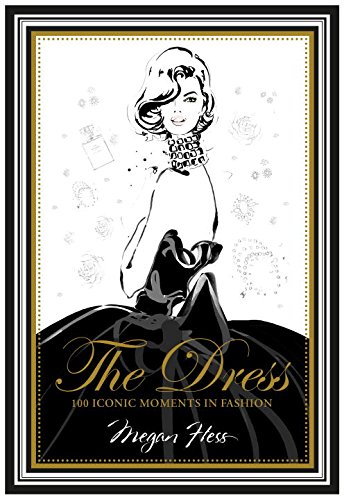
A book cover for The Dress: 100 Iconic Moments in Fashion; Megan Hess; Arts & Photography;